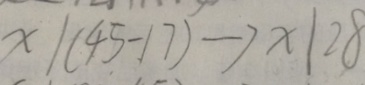
x \vert ( 4 5 - 1 7 ) \rightarrow x \vert 2 8